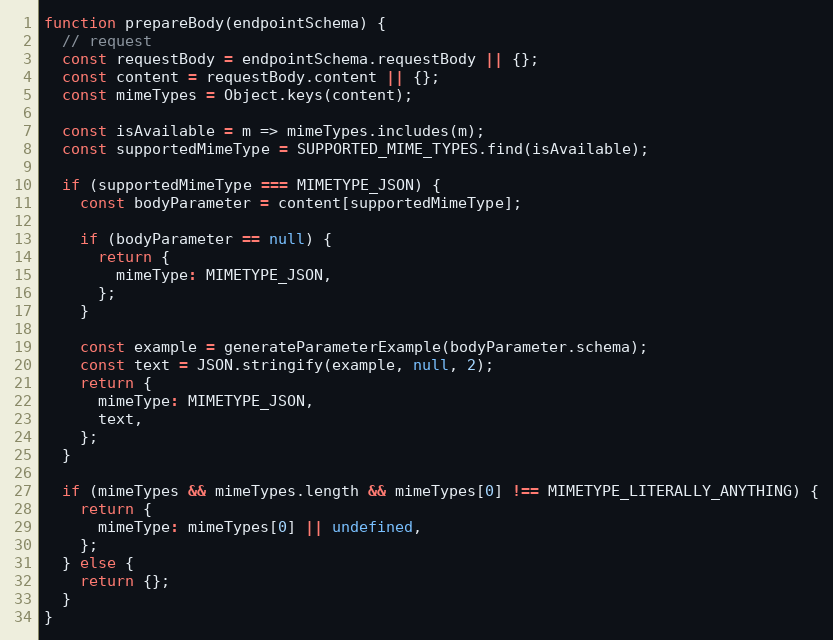
Language: JavaScript
function prepareBody(endpointSchema) {
  // request
  const requestBody = endpointSchema.requestBody || {};
  const content = requestBody.content || {};
  const mimeTypes = Object.keys(content);

  const isAvailable = m => mimeTypes.includes(m);
  const supportedMimeType = SUPPORTED_MIME_TYPES.find(isAvailable);

  if (supportedMimeType === MIMETYPE_JSON) {
    const bodyParameter = content[supportedMimeType];

    if (bodyParameter == null) {
      return {
        mimeType: MIMETYPE_JSON,
      };
    }

    const example = generateParameterExample(bodyParameter.schema);
    const text = JSON.stringify(example, null, 2);
    return {
      mimeType: MIMETYPE_JSON,
      text,
    };
  }

  if (mimeTypes && mimeTypes.length && mimeTypes[0] !== MIMETYPE_LITERALLY_ANYTHING) {
    return {
      mimeType: mimeTypes[0] || undefined,
    };
  } else {
    return {};
  }
}